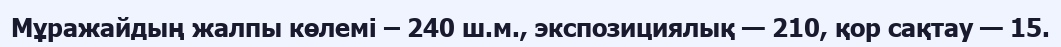
Мұражайдың жалпы көлемі – 240 ш.м., экспозициялық — 210, қор сақтау — 15.